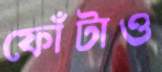
ফোঁটাও